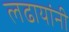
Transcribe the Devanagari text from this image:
लढायांनी